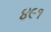
૪૯૧